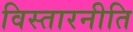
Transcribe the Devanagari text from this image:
विस्तारनीति